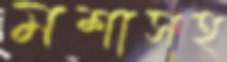
মশাসহ